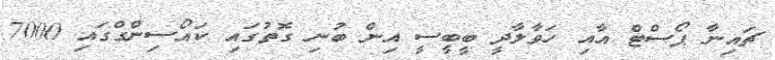
ޗައިނާ ޕޯސްޓް އާއި ހަވާލާދީ ބީބީސީ އިން ބުނި ގޮތުގައި ކައޯސިންގްގައި 7000